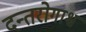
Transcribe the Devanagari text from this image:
दन्तरोगाश्च